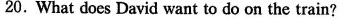
20.What does David want to do on the train?